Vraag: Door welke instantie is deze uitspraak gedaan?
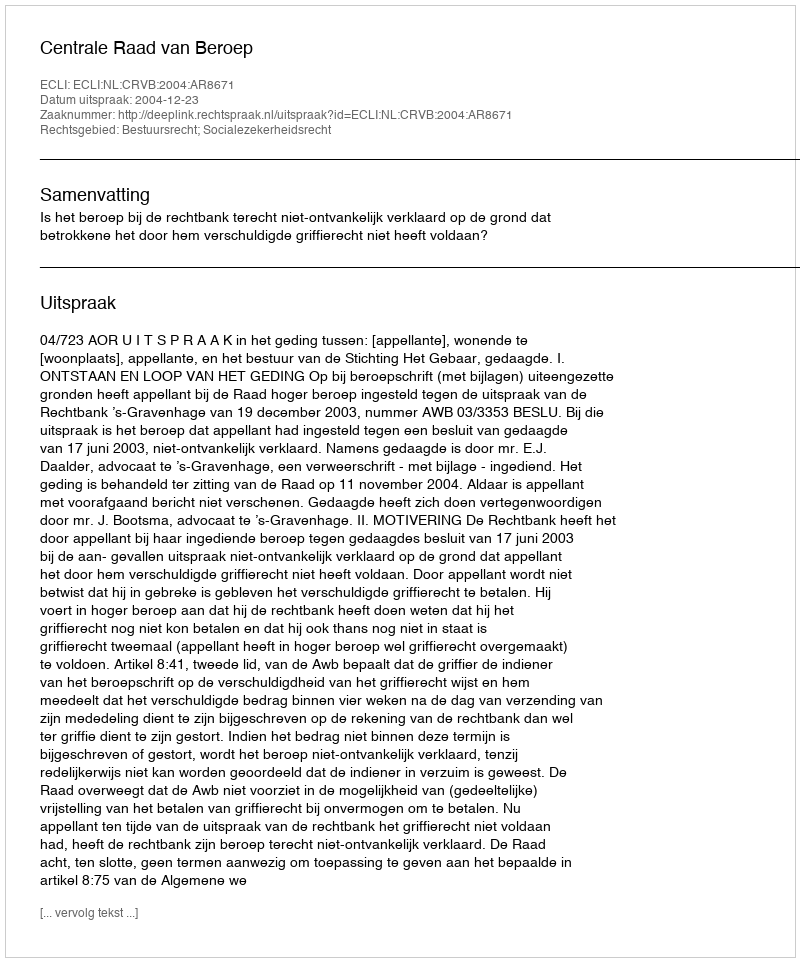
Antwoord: Centrale Raad van Beroep